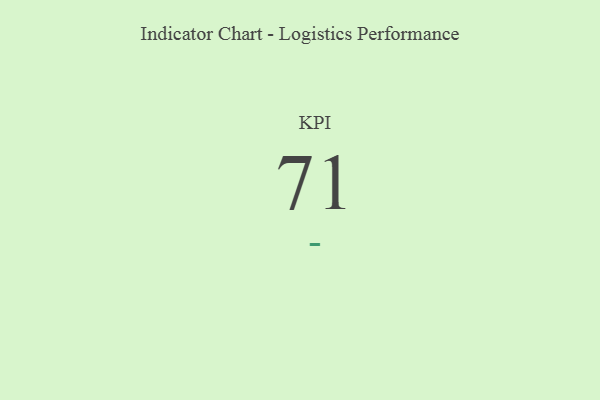
{"axis": {"x": "KPI", "y": "Value"}, "legend": [""], "data": [{"x": "KPI", "y": 71, "type": ""}]}